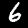
Digit: 6